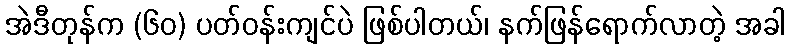
အဲဒီတုန်က (၆၀) ပတ်ဝန်းကျင်ပဲ ဖြစ်ပါတယ်၊ နက်ဖြန်ရောက်လာတဲ့ အခါ